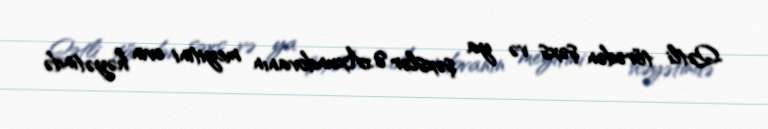
Qətli törədən şəxs və ya şəxslər Ə.Axundovanın meyitini evin həyətində